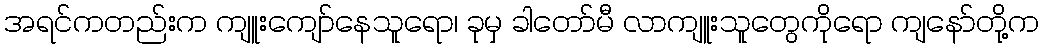
အရင်ကတည်းက ကျူးကျော်နေသူရော၊ ခုမှ ခါတော်မီ လာကျူးသူတွေကိုရော ကျနော်တို့က